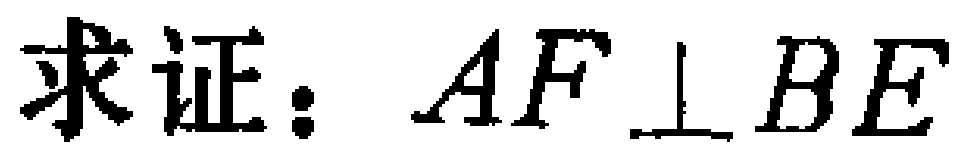
求证：$AF \perp BE$